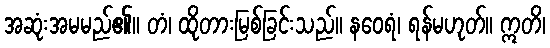
အဆုံးအမမည်၏။ တံ၊ ထိုတားမြစ်ခြင်းသည်။ နဝေရံ၊ ရန်မဟုတ်။ ဣတိ၊